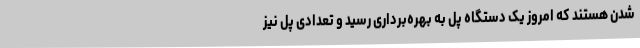
شدن هستند که امروز یک دستگاه پل به بهره‌برداری رسید و تعدادی پل نیز